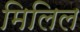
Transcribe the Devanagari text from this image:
मिलिल